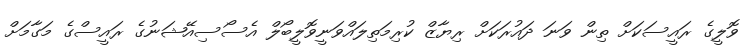
ވޮލީގެ ރައީސަކަށް ތިން ވަނަ ދައުރަކަށް ރިޔާޒް ކުރިމަތިލައްވަނީވޮލީބޯލް އެސޯސިއޭޝަނުގެ ރައީސްގެ މަގާމަށް